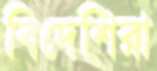
বিদেশিরা